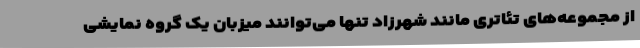
از مجموعه‌های تئاتری مانند شهرزاد تنها می‌توانند میزبان یک گروه نمایشی